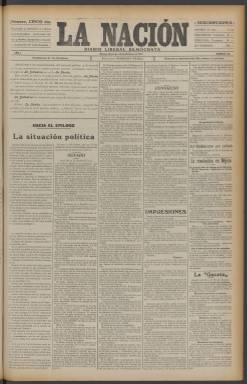
Título: La Nación (Imp. Pizarro)
Colección: Periódicos
Ámbito geográfico: Madrid
Lugar de publicación: Madrid
Fechas: 26/10/1913-28/12/1913